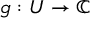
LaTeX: g : U \to \mathbb { C }